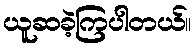
ယူဆခဲ့ကြပါတယ်။